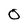
Character: O